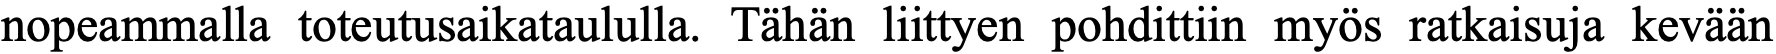
nopeammalla toteutusaikataululla. Tähän liittyen pohdittiin myös ratkaisuja kevään